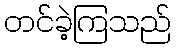
တင်ခဲ့ကြသည်